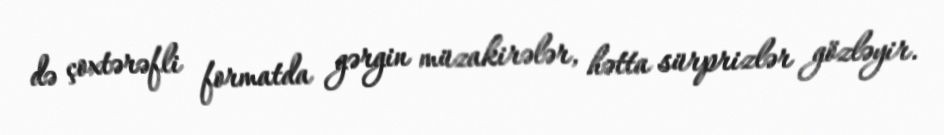
də çoxtərəfli formatda gərgin müzakirələr, hətta sürprizlər gözləyir.